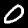
Digit: 0